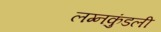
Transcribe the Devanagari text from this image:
लग्नकुंडली